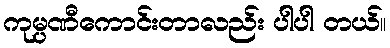
ကုမ္ပဏီကောင်းတာလည်း ပါပါ တယ်။